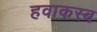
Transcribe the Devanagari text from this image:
हवाकस्‍ब